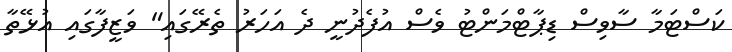
ކަސްޓަމާ ސާވިސް ޑިޕާޓްމަންޓު ވެސް އުފެދުނީ ދެ އަހަރު ތެރޭގައި" ވަޒީފާގައި އުޅޭތާ